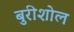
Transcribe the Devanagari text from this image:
बुरीशोल